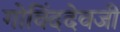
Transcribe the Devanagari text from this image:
गोविंददेवजी